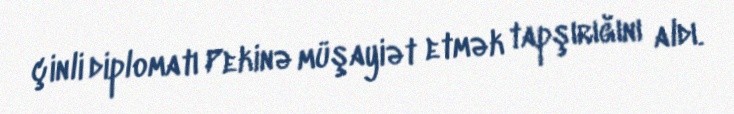
çinli diplomatı Pekinə müşayiət etmək tapşırığını aldı.